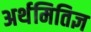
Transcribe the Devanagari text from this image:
अर्थमितिज्ञ